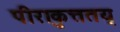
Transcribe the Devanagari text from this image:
पीराकुत्ततय्